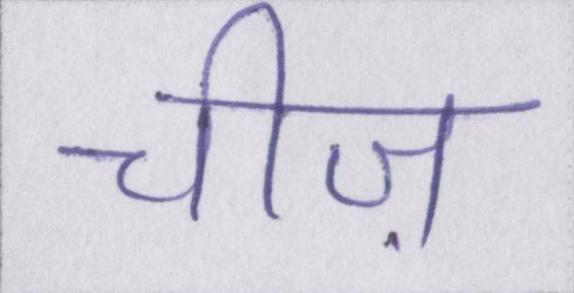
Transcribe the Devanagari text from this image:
चीज़